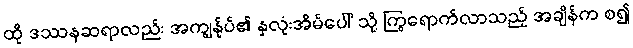
ထို ဒဿနဆရာလည်း အကျွန်ုပ်၏ နှလုံးအိမ်ပေါ် သို့ ကြွရောက်လာသည့် အချိန်က စ၍